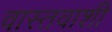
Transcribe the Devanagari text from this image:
वास्तवाशी